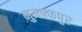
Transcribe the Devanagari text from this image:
मुजफ्फपुर